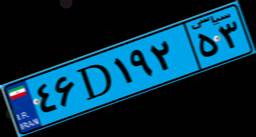
۵۴D۶۹۳۳۸